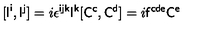
[ { \sf I } ^ { \sf i } , { \sf I } ^ { \sf j } ] = i \epsilon ^ { \sf i j k } { \sf I } ^ { \sf k } [ { \sf C } ^ { \sf c } , { \sf C } ^ { \sf d } ] = i { \sf f } ^ { \sf c d e } { \sf C } ^ { \sf e }